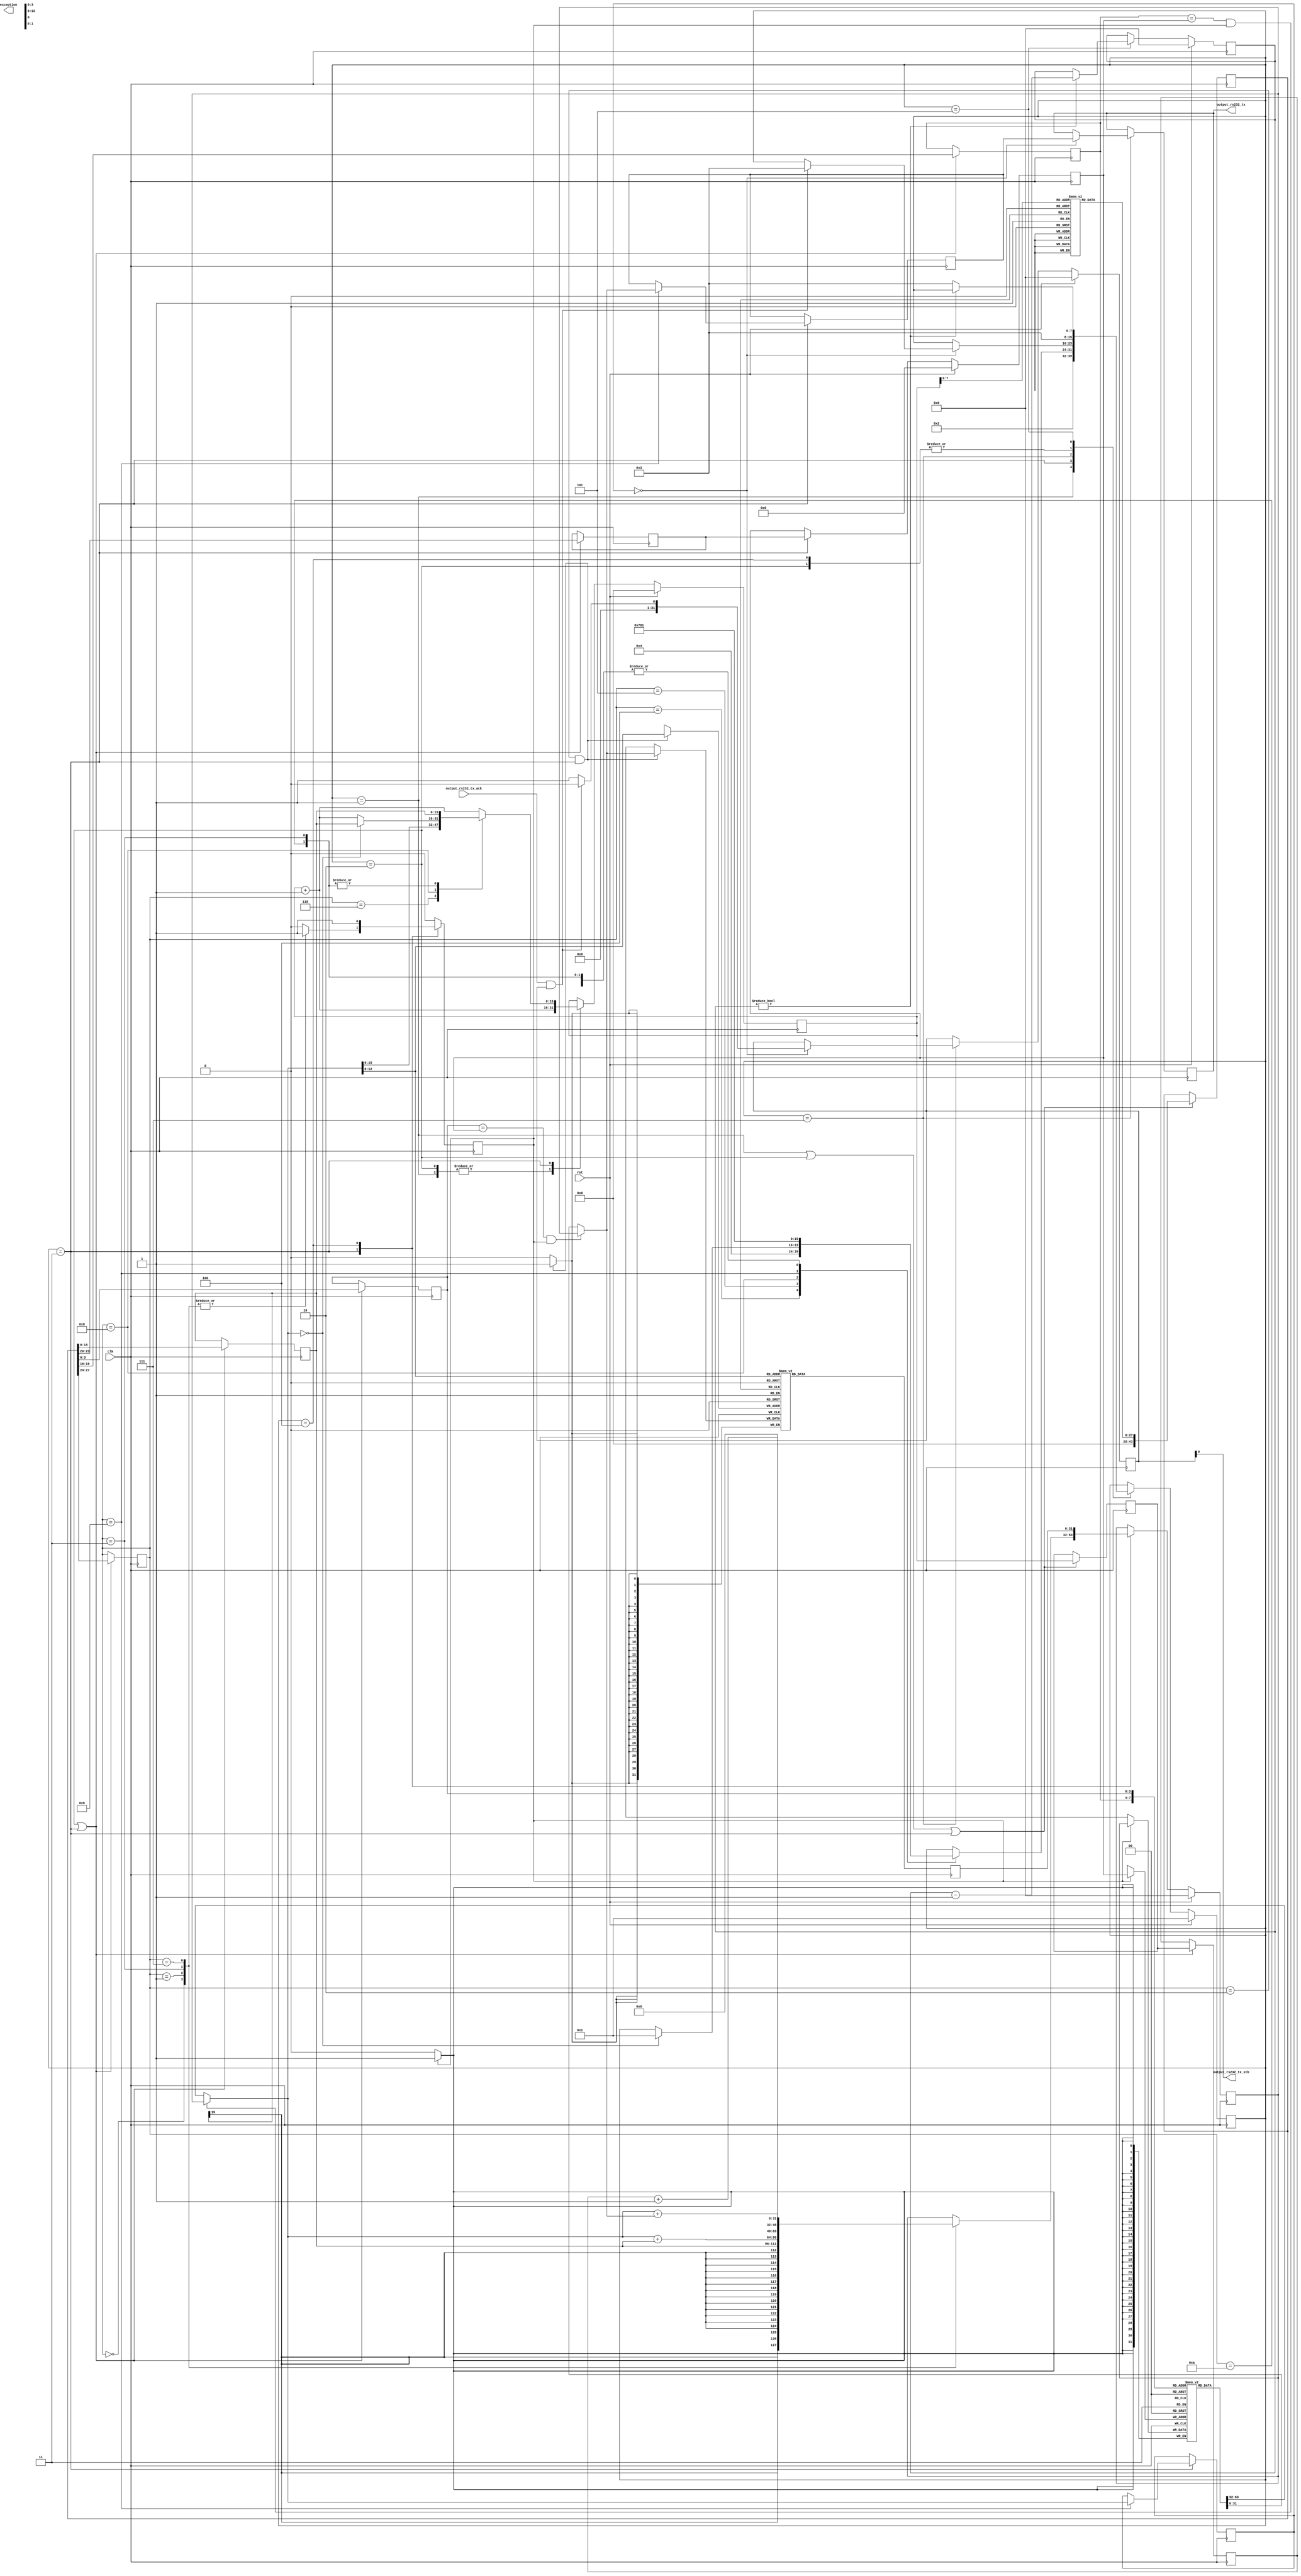
//name : main_0
//output : output_rs232_tx:16
//source_file : /tmp/tmpEtvNgA/inline_c_file.c

///+============================================================================+
///|                                                                            |
///|                     This file was generated by Chips                       |
///|                                                                            |
///|                                  Chips                                     |
///|                                                                            |
///|                      http://github.com/dawsonjon/Chips-2.0                 |
///|                                                                            |
///|                                                             Python powered |
///+============================================================================+
module main_0(output_rs232_tx_ack,clk,rst,output_rs232_tx,output_rs232_tx_stb,exception);
  integer file_count;
  parameter  stop = 3'd0,
  instruction_fetch = 3'd1,
  operand_fetch = 3'd2,
  execute = 3'd3,
  load = 3'd4,
  wait_state = 3'd5,
  read = 3'd6,
  write = 3'd7;
  input output_rs232_tx_ack;
  input clk;
  input rst;
  output [31:0] output_rs232_tx;
  output output_rs232_tx_stb;
  reg [31:0] timer;
  reg [63:0] timer_clock;
  reg [15:0] program_counter;
  reg [15:0] program_counter_1;
  reg [15:0] program_counter_2;
  reg [43:0] instruction;
  reg [3:0] opcode_2;
  reg [3:0] a;
  reg [3:0] b;
  reg [3:0] z;
  reg write_enable;
  reg [3:0] address_a_2;
  reg [3:0] address_b_2;
  reg [3:0] address_z_2;
  reg [3:0] address_z_3;
  reg [31:0] load_data;
  reg [31:0] write_output;
  reg [31:0] write_value;
  reg [31:0] read_input;
  reg [15:0] literal_2;
  reg [31:0] a_hi;
  reg [31:0] b_hi;
  reg [31:0] a_lo;
  reg [31:0] b_lo;
  reg [63:0] long_result;
  reg [31:0] result;
  reg [15:0] address;
  reg [31:0] data_out;
  reg [31:0] data_in;
  reg [31:0] carry;
  reg [31:0] s_output_rs232_tx_stb;
  reg [31:0] s_output_rs232_tx;
  reg [7:0] state;
  output reg exception;
  reg [27:0] instructions [165:0];
  reg [31:0] memory [4096:0];
  reg [31:0] registers [15:0];
  wire [31:0] operand_a;
  wire [31:0] operand_b;
  wire [31:0] register_a;
  wire [31:0] register_b;
  wire [15:0] literal;
  wire [3:0] opcode;
  wire [3:0] address_a;
  wire [3:0] address_b;
  wire [3:0] address_z;
  wire [15:0] load_address;
  wire [15:0] store_address;
  wire [31:0] store_data;
  wire  store_enable;

  //////////////////////////////////////////////////////////////////////////////
  // INSTRUCTION INITIALIZATION                                                 
  //                                                                            
  // Initialise the contents of the instruction memory                          
  //
  // Intruction Set
  // ==============
  // 0 {'literal': True, 'op': 'literal'}
  // 1 {'literal': True, 'op': 'addl'}
  // 2 {'literal': False, 'op': 'store'}
  // 3 {'literal': True, 'op': 'call'}
  // 4 {'literal': False, 'op': 'stop'}
  // 5 {'literal': False, 'op': 'load'}
  // 6 {'literal': False, 'op': 'return'}
  // 7 {'literal': False, 'op': 'add'}
  // 8 {'literal': True, 'op': 'jmp_if_false'}
  // 9 {'literal': False, 'op': 'write'}
  // 10 {'literal': True, 'op': 'goto'}
  // Intructions
  // ===========
  
  initial
  begin
    instructions[0] = {4'd0, 4'd3, 4'd0, 16'd0};///tmp/tmpEtvNgA/inline_c_file.c : 8 {'literal': 0, 'z': 3, 'trace': /tmp/tmpEtvNgA/inline_c_file.c : 8, 'op': 'literal'}
    instructions[1] = {4'd0, 4'd4, 4'd0, 16'd0};///tmp/tmpEtvNgA/inline_c_file.c : 8 {'literal': 0, 'z': 4, 'trace': /tmp/tmpEtvNgA/inline_c_file.c : 8, 'op': 'literal'}
    instructions[2] = {4'd1, 4'd3, 4'd3, 16'd16};///tmp/tmpEtvNgA/inline_c_file.c : 8 {'a': 3, 'literal': 16, 'z': 3, 'trace': /tmp/tmpEtvNgA/inline_c_file.c : 8, 'op': 'addl'}
    instructions[3] = {4'd0, 4'd8, 4'd0, 16'd72};///tmp/tmpEtvNgA/inline_c_file.c : 6 {'literal': 72, 'z': 8, 'trace': /tmp/tmpEtvNgA/inline_c_file.c : 6, 'op': 'literal'}
    instructions[4] = {4'd0, 4'd2, 4'd0, 16'd0};///tmp/tmpEtvNgA/inline_c_file.c : 6 {'literal': 0, 'z': 2, 'trace': /tmp/tmpEtvNgA/inline_c_file.c : 6, 'op': 'literal'}
    instructions[5] = {4'd2, 4'd0, 4'd2, 16'd8};///tmp/tmpEtvNgA/inline_c_file.c : 6 {'a': 2, 'b': 8, 'trace': /tmp/tmpEtvNgA/inline_c_file.c : 6, 'op': 'store'}
    instructions[6] = {4'd0, 4'd8, 4'd0, 16'd101};///tmp/tmpEtvNgA/inline_c_file.c : 6 {'literal': 101, 'z': 8, 'trace': /tmp/tmpEtvNgA/inline_c_file.c : 6, 'op': 'literal'}
    instructions[7] = {4'd0, 4'd2, 4'd0, 16'd1};///tmp/tmpEtvNgA/inline_c_file.c : 6 {'literal': 1, 'z': 2, 'trace': /tmp/tmpEtvNgA/inline_c_file.c : 6, 'op': 'literal'}
    instructions[8] = {4'd2, 4'd0, 4'd2, 16'd8};///tmp/tmpEtvNgA/inline_c_file.c : 6 {'a': 2, 'b': 8, 'trace': /tmp/tmpEtvNgA/inline_c_file.c : 6, 'op': 'store'}
    instructions[9] = {4'd0, 4'd8, 4'd0, 16'd108};///tmp/tmpEtvNgA/inline_c_file.c : 6 {'literal': 108, 'z': 8, 'trace': /tmp/tmpEtvNgA/inline_c_file.c : 6, 'op': 'literal'}
    instructions[10] = {4'd0, 4'd2, 4'd0, 16'd2};///tmp/tmpEtvNgA/inline_c_file.c : 6 {'literal': 2, 'z': 2, 'trace': /tmp/tmpEtvNgA/inline_c_file.c : 6, 'op': 'literal'}
    instructions[11] = {4'd2, 4'd0, 4'd2, 16'd8};///tmp/tmpEtvNgA/inline_c_file.c : 6 {'a': 2, 'b': 8, 'trace': /tmp/tmpEtvNgA/inline_c_file.c : 6, 'op': 'store'}
    instructions[12] = {4'd0, 4'd8, 4'd0, 16'd108};///tmp/tmpEtvNgA/inline_c_file.c : 6 {'literal': 108, 'z': 8, 'trace': /tmp/tmpEtvNgA/inline_c_file.c : 6, 'op': 'literal'}
    instructions[13] = {4'd0, 4'd2, 4'd0, 16'd3};///tmp/tmpEtvNgA/inline_c_file.c : 6 {'literal': 3, 'z': 2, 'trace': /tmp/tmpEtvNgA/inline_c_file.c : 6, 'op': 'literal'}
    instructions[14] = {4'd2, 4'd0, 4'd2, 16'd8};///tmp/tmpEtvNgA/inline_c_file.c : 6 {'a': 2, 'b': 8, 'trace': /tmp/tmpEtvNgA/inline_c_file.c : 6, 'op': 'store'}
    instructions[15] = {4'd0, 4'd8, 4'd0, 16'd111};///tmp/tmpEtvNgA/inline_c_file.c : 6 {'literal': 111, 'z': 8, 'trace': /tmp/tmpEtvNgA/inline_c_file.c : 6, 'op': 'literal'}
    instructions[16] = {4'd0, 4'd2, 4'd0, 16'd4};///tmp/tmpEtvNgA/inline_c_file.c : 6 {'literal': 4, 'z': 2, 'trace': /tmp/tmpEtvNgA/inline_c_file.c : 6, 'op': 'literal'}
    instructions[17] = {4'd2, 4'd0, 4'd2, 16'd8};///tmp/tmpEtvNgA/inline_c_file.c : 6 {'a': 2, 'b': 8, 'trace': /tmp/tmpEtvNgA/inline_c_file.c : 6, 'op': 'store'}
    instructions[18] = {4'd0, 4'd8, 4'd0, 16'd32};///tmp/tmpEtvNgA/inline_c_file.c : 6 {'literal': 32, 'z': 8, 'trace': /tmp/tmpEtvNgA/inline_c_file.c : 6, 'op': 'literal'}
    instructions[19] = {4'd0, 4'd2, 4'd0, 16'd5};///tmp/tmpEtvNgA/inline_c_file.c : 6 {'literal': 5, 'z': 2, 'trace': /tmp/tmpEtvNgA/inline_c_file.c : 6, 'op': 'literal'}
    instructions[20] = {4'd2, 4'd0, 4'd2, 16'd8};///tmp/tmpEtvNgA/inline_c_file.c : 6 {'a': 2, 'b': 8, 'trace': /tmp/tmpEtvNgA/inline_c_file.c : 6, 'op': 'store'}
    instructions[21] = {4'd0, 4'd8, 4'd0, 16'd87};///tmp/tmpEtvNgA/inline_c_file.c : 6 {'literal': 87, 'z': 8, 'trace': /tmp/tmpEtvNgA/inline_c_file.c : 6, 'op': 'literal'}
    instructions[22] = {4'd0, 4'd2, 4'd0, 16'd6};///tmp/tmpEtvNgA/inline_c_file.c : 6 {'literal': 6, 'z': 2, 'trace': /tmp/tmpEtvNgA/inline_c_file.c : 6, 'op': 'literal'}
    instructions[23] = {4'd2, 4'd0, 4'd2, 16'd8};///tmp/tmpEtvNgA/inline_c_file.c : 6 {'a': 2, 'b': 8, 'trace': /tmp/tmpEtvNgA/inline_c_file.c : 6, 'op': 'store'}
    instructions[24] = {4'd0, 4'd8, 4'd0, 16'd111};///tmp/tmpEtvNgA/inline_c_file.c : 6 {'literal': 111, 'z': 8, 'trace': /tmp/tmpEtvNgA/inline_c_file.c : 6, 'op': 'literal'}
    instructions[25] = {4'd0, 4'd2, 4'd0, 16'd7};///tmp/tmpEtvNgA/inline_c_file.c : 6 {'literal': 7, 'z': 2, 'trace': /tmp/tmpEtvNgA/inline_c_file.c : 6, 'op': 'literal'}
    instructions[26] = {4'd2, 4'd0, 4'd2, 16'd8};///tmp/tmpEtvNgA/inline_c_file.c : 6 {'a': 2, 'b': 8, 'trace': /tmp/tmpEtvNgA/inline_c_file.c : 6, 'op': 'store'}
    instructions[27] = {4'd0, 4'd8, 4'd0, 16'd114};///tmp/tmpEtvNgA/inline_c_file.c : 6 {'literal': 114, 'z': 8, 'trace': /tmp/tmpEtvNgA/inline_c_file.c : 6, 'op': 'literal'}
    instructions[28] = {4'd0, 4'd2, 4'd0, 16'd8};///tmp/tmpEtvNgA/inline_c_file.c : 6 {'literal': 8, 'z': 2, 'trace': /tmp/tmpEtvNgA/inline_c_file.c : 6, 'op': 'literal'}
    instructions[29] = {4'd2, 4'd0, 4'd2, 16'd8};///tmp/tmpEtvNgA/inline_c_file.c : 6 {'a': 2, 'b': 8, 'trace': /tmp/tmpEtvNgA/inline_c_file.c : 6, 'op': 'store'}
    instructions[30] = {4'd0, 4'd8, 4'd0, 16'd108};///tmp/tmpEtvNgA/inline_c_file.c : 6 {'literal': 108, 'z': 8, 'trace': /tmp/tmpEtvNgA/inline_c_file.c : 6, 'op': 'literal'}
    instructions[31] = {4'd0, 4'd2, 4'd0, 16'd9};///tmp/tmpEtvNgA/inline_c_file.c : 6 {'literal': 9, 'z': 2, 'trace': /tmp/tmpEtvNgA/inline_c_file.c : 6, 'op': 'literal'}
    instructions[32] = {4'd2, 4'd0, 4'd2, 16'd8};///tmp/tmpEtvNgA/inline_c_file.c : 6 {'a': 2, 'b': 8, 'trace': /tmp/tmpEtvNgA/inline_c_file.c : 6, 'op': 'store'}
    instructions[33] = {4'd0, 4'd8, 4'd0, 16'd100};///tmp/tmpEtvNgA/inline_c_file.c : 6 {'literal': 100, 'z': 8, 'trace': /tmp/tmpEtvNgA/inline_c_file.c : 6, 'op': 'literal'}
    instructions[34] = {4'd0, 4'd2, 4'd0, 16'd10};///tmp/tmpEtvNgA/inline_c_file.c : 6 {'literal': 10, 'z': 2, 'trace': /tmp/tmpEtvNgA/inline_c_file.c : 6, 'op': 'literal'}
    instructions[35] = {4'd2, 4'd0, 4'd2, 16'd8};///tmp/tmpEtvNgA/inline_c_file.c : 6 {'a': 2, 'b': 8, 'trace': /tmp/tmpEtvNgA/inline_c_file.c : 6, 'op': 'store'}
    instructions[36] = {4'd0, 4'd8, 4'd0, 16'd33};///tmp/tmpEtvNgA/inline_c_file.c : 6 {'literal': 33, 'z': 8, 'trace': /tmp/tmpEtvNgA/inline_c_file.c : 6, 'op': 'literal'}
    instructions[37] = {4'd0, 4'd2, 4'd0, 16'd11};///tmp/tmpEtvNgA/inline_c_file.c : 6 {'literal': 11, 'z': 2, 'trace': /tmp/tmpEtvNgA/inline_c_file.c : 6, 'op': 'literal'}
    instructions[38] = {4'd2, 4'd0, 4'd2, 16'd8};///tmp/tmpEtvNgA/inline_c_file.c : 6 {'a': 2, 'b': 8, 'trace': /tmp/tmpEtvNgA/inline_c_file.c : 6, 'op': 'store'}
    instructions[39] = {4'd0, 4'd8, 4'd0, 16'd10};///tmp/tmpEtvNgA/inline_c_file.c : 6 {'literal': 10, 'z': 8, 'trace': /tmp/tmpEtvNgA/inline_c_file.c : 6, 'op': 'literal'}
    instructions[40] = {4'd0, 4'd2, 4'd0, 16'd12};///tmp/tmpEtvNgA/inline_c_file.c : 6 {'literal': 12, 'z': 2, 'trace': /tmp/tmpEtvNgA/inline_c_file.c : 6, 'op': 'literal'}
    instructions[41] = {4'd2, 4'd0, 4'd2, 16'd8};///tmp/tmpEtvNgA/inline_c_file.c : 6 {'a': 2, 'b': 8, 'trace': /tmp/tmpEtvNgA/inline_c_file.c : 6, 'op': 'store'}
    instructions[42] = {4'd0, 4'd8, 4'd0, 16'd32};///tmp/tmpEtvNgA/inline_c_file.c : 6 {'literal': 32, 'z': 8, 'trace': /tmp/tmpEtvNgA/inline_c_file.c : 6, 'op': 'literal'}
    instructions[43] = {4'd0, 4'd2, 4'd0, 16'd13};///tmp/tmpEtvNgA/inline_c_file.c : 6 {'literal': 13, 'z': 2, 'trace': /tmp/tmpEtvNgA/inline_c_file.c : 6, 'op': 'literal'}
    instructions[44] = {4'd2, 4'd0, 4'd2, 16'd8};///tmp/tmpEtvNgA/inline_c_file.c : 6 {'a': 2, 'b': 8, 'trace': /tmp/tmpEtvNgA/inline_c_file.c : 6, 'op': 'store'}
    instructions[45] = {4'd0, 4'd8, 4'd0, 16'd0};///tmp/tmpEtvNgA/inline_c_file.c : 6 {'literal': 0, 'z': 8, 'trace': /tmp/tmpEtvNgA/inline_c_file.c : 6, 'op': 'literal'}
    instructions[46] = {4'd0, 4'd2, 4'd0, 16'd14};///tmp/tmpEtvNgA/inline_c_file.c : 6 {'literal': 14, 'z': 2, 'trace': /tmp/tmpEtvNgA/inline_c_file.c : 6, 'op': 'literal'}
    instructions[47] = {4'd2, 4'd0, 4'd2, 16'd8};///tmp/tmpEtvNgA/inline_c_file.c : 6 {'a': 2, 'b': 8, 'trace': /tmp/tmpEtvNgA/inline_c_file.c : 6, 'op': 'store'}
    instructions[48] = {4'd0, 4'd8, 4'd0, 16'd0};///usr/local/lib/python2.7/dist-packages/chips/compiler/include/stdio.h : 5 {'literal': 0, 'z': 8, 'trace': /usr/local/lib/python2.7/dist-packages/chips/compiler/include/stdio.h : 5, 'op': 'literal'}
    instructions[49] = {4'd0, 4'd2, 4'd0, 16'd15};///usr/local/lib/python2.7/dist-packages/chips/compiler/include/stdio.h : 5 {'literal': 15, 'z': 2, 'trace': /usr/local/lib/python2.7/dist-packages/chips/compiler/include/stdio.h : 5, 'op': 'literal'}
    instructions[50] = {4'd2, 4'd0, 4'd2, 16'd8};///usr/local/lib/python2.7/dist-packages/chips/compiler/include/stdio.h : 5 {'a': 2, 'b': 8, 'trace': /usr/local/lib/python2.7/dist-packages/chips/compiler/include/stdio.h : 5, 'op': 'store'}
    instructions[51] = {4'd1, 4'd7, 4'd4, 16'd0};///tmp/tmpEtvNgA/inline_c_file.c : 8 {'a': 4, 'literal': 0, 'z': 7, 'trace': /tmp/tmpEtvNgA/inline_c_file.c : 8, 'op': 'addl'}
    instructions[52] = {4'd1, 4'd4, 4'd3, 16'd0};///tmp/tmpEtvNgA/inline_c_file.c : 8 {'a': 3, 'literal': 0, 'z': 4, 'trace': /tmp/tmpEtvNgA/inline_c_file.c : 8, 'op': 'addl'}
    instructions[53] = {4'd3, 4'd6, 4'd0, 16'd55};///tmp/tmpEtvNgA/inline_c_file.c : 8 {'z': 6, 'label': 55, 'trace': /tmp/tmpEtvNgA/inline_c_file.c : 8, 'op': 'call'}
    instructions[54] = {4'd4, 4'd0, 4'd0, 16'd0};///tmp/tmpEtvNgA/inline_c_file.c : 8 {'trace': /tmp/tmpEtvNgA/inline_c_file.c : 8, 'op': 'stop'}
    instructions[55] = {4'd1, 4'd3, 4'd3, 16'd15};///tmp/tmpEtvNgA/inline_c_file.c : 4 {'a': 3, 'literal': 15, 'z': 3, 'trace': /tmp/tmpEtvNgA/inline_c_file.c : 4, 'op': 'addl'}
    instructions[56] = {4'd2, 4'd0, 4'd3, 16'd6};///tmp/tmpEtvNgA/inline_c_file.c : 5 {'a': 3, 'comment': 'push', 'b': 6, 'trace': /tmp/tmpEtvNgA/inline_c_file.c : 5, 'op': 'store'}
    instructions[57] = {4'd1, 4'd3, 4'd3, 16'd1};///tmp/tmpEtvNgA/inline_c_file.c : 5 {'a': 3, 'literal': 1, 'z': 3, 'trace': /tmp/tmpEtvNgA/inline_c_file.c : 5, 'op': 'addl'}
    instructions[58] = {4'd2, 4'd0, 4'd3, 16'd7};///tmp/tmpEtvNgA/inline_c_file.c : 5 {'a': 3, 'comment': 'push', 'b': 7, 'trace': /tmp/tmpEtvNgA/inline_c_file.c : 5, 'op': 'store'}
    instructions[59] = {4'd1, 4'd3, 4'd3, 16'd1};///tmp/tmpEtvNgA/inline_c_file.c : 5 {'a': 3, 'literal': 1, 'z': 3, 'trace': /tmp/tmpEtvNgA/inline_c_file.c : 5, 'op': 'addl'}
    instructions[60] = {4'd0, 4'd8, 4'd0, 16'd0};///tmp/tmpEtvNgA/inline_c_file.c : 6 {'literal': 0, 'z': 8, 'trace': /tmp/tmpEtvNgA/inline_c_file.c : 6, 'op': 'literal'}
    instructions[61] = {4'd2, 4'd0, 4'd3, 16'd8};///tmp/tmpEtvNgA/inline_c_file.c : 5 {'a': 3, 'comment': 'push', 'b': 8, 'trace': /tmp/tmpEtvNgA/inline_c_file.c : 5, 'op': 'store'}
    instructions[62] = {4'd1, 4'd3, 4'd3, 16'd1};///tmp/tmpEtvNgA/inline_c_file.c : 5 {'a': 3, 'literal': 1, 'z': 3, 'trace': /tmp/tmpEtvNgA/inline_c_file.c : 5, 'op': 'addl'}
    instructions[63] = {4'd1, 4'd7, 4'd4, 16'd0};///tmp/tmpEtvNgA/inline_c_file.c : 5 {'a': 4, 'literal': 0, 'z': 7, 'trace': /tmp/tmpEtvNgA/inline_c_file.c : 5, 'op': 'addl'}
    instructions[64] = {4'd1, 4'd4, 4'd3, 16'd0};///tmp/tmpEtvNgA/inline_c_file.c : 5 {'a': 3, 'literal': 0, 'z': 4, 'trace': /tmp/tmpEtvNgA/inline_c_file.c : 5, 'op': 'addl'}
    instructions[65] = {4'd3, 4'd6, 4'd0, 16'd75};///tmp/tmpEtvNgA/inline_c_file.c : 5 {'z': 6, 'label': 75, 'trace': /tmp/tmpEtvNgA/inline_c_file.c : 5, 'op': 'call'}
    instructions[66] = {4'd1, 4'd3, 4'd3, -16'd1};///tmp/tmpEtvNgA/inline_c_file.c : 5 {'a': 3, 'literal': -1, 'z': 3, 'trace': /tmp/tmpEtvNgA/inline_c_file.c : 5, 'op': 'addl'}
    instructions[67] = {4'd1, 4'd3, 4'd3, -16'd1};///tmp/tmpEtvNgA/inline_c_file.c : 5 {'a': 3, 'comment': 'pop', 'trace': /tmp/tmpEtvNgA/inline_c_file.c : 5, 'literal': -1, 'z': 3, 'op': 'addl'}
    instructions[68] = {4'd5, 4'd7, 4'd3, 16'd0};///tmp/tmpEtvNgA/inline_c_file.c : 5 {'a': 3, 'z': 7, 'trace': /tmp/tmpEtvNgA/inline_c_file.c : 5, 'op': 'load'}
    instructions[69] = {4'd1, 4'd3, 4'd3, -16'd1};///tmp/tmpEtvNgA/inline_c_file.c : 5 {'a': 3, 'comment': 'pop', 'trace': /tmp/tmpEtvNgA/inline_c_file.c : 5, 'literal': -1, 'z': 3, 'op': 'addl'}
    instructions[70] = {4'd5, 4'd6, 4'd3, 16'd0};///tmp/tmpEtvNgA/inline_c_file.c : 5 {'a': 3, 'z': 6, 'trace': /tmp/tmpEtvNgA/inline_c_file.c : 5, 'op': 'load'}
    instructions[71] = {4'd1, 4'd3, 4'd3, 16'd0};///tmp/tmpEtvNgA/inline_c_file.c : 5 {'a': 3, 'literal': 0, 'z': 3, 'trace': /tmp/tmpEtvNgA/inline_c_file.c : 5, 'op': 'addl'}
    instructions[72] = {4'd1, 4'd3, 4'd4, 16'd0};///tmp/tmpEtvNgA/inline_c_file.c : 4 {'a': 4, 'literal': 0, 'z': 3, 'trace': /tmp/tmpEtvNgA/inline_c_file.c : 4, 'op': 'addl'}
    instructions[73] = {4'd1, 4'd4, 4'd7, 16'd0};///tmp/tmpEtvNgA/inline_c_file.c : 4 {'a': 7, 'literal': 0, 'z': 4, 'trace': /tmp/tmpEtvNgA/inline_c_file.c : 4, 'op': 'addl'}
    instructions[74] = {4'd6, 4'd0, 4'd6, 16'd0};///tmp/tmpEtvNgA/inline_c_file.c : 4 {'a': 6, 'trace': /tmp/tmpEtvNgA/inline_c_file.c : 4, 'op': 'return'}
    instructions[75] = {4'd1, 4'd3, 4'd3, 16'd0};///usr/local/lib/python2.7/dist-packages/chips/compiler/include/stdio.h : 73 {'a': 3, 'literal': 0, 'z': 3, 'trace': /usr/local/lib/python2.7/dist-packages/chips/compiler/include/stdio.h : 73, 'op': 'addl'}
    instructions[76] = {4'd2, 4'd0, 4'd3, 16'd6};///usr/local/lib/python2.7/dist-packages/chips/compiler/include/stdio.h : 74 {'a': 3, 'comment': 'push', 'b': 6, 'trace': /usr/local/lib/python2.7/dist-packages/chips/compiler/include/stdio.h : 74, 'op': 'store'}
    instructions[77] = {4'd1, 4'd3, 4'd3, 16'd1};///usr/local/lib/python2.7/dist-packages/chips/compiler/include/stdio.h : 74 {'a': 3, 'literal': 1, 'z': 3, 'trace': /usr/local/lib/python2.7/dist-packages/chips/compiler/include/stdio.h : 74, 'op': 'addl'}
    instructions[78] = {4'd2, 4'd0, 4'd3, 16'd7};///usr/local/lib/python2.7/dist-packages/chips/compiler/include/stdio.h : 74 {'a': 3, 'comment': 'push', 'b': 7, 'trace': /usr/local/lib/python2.7/dist-packages/chips/compiler/include/stdio.h : 74, 'op': 'store'}
    instructions[79] = {4'd1, 4'd3, 4'd3, 16'd1};///usr/local/lib/python2.7/dist-packages/chips/compiler/include/stdio.h : 74 {'a': 3, 'literal': 1, 'z': 3, 'trace': /usr/local/lib/python2.7/dist-packages/chips/compiler/include/stdio.h : 74, 'op': 'addl'}
    instructions[80] = {4'd1, 4'd8, 4'd4, -16'd1};///usr/local/lib/python2.7/dist-packages/chips/compiler/include/stdio.h : 74 {'a': 4, 'literal': -1, 'z': 8, 'trace': /usr/local/lib/python2.7/dist-packages/chips/compiler/include/stdio.h : 74, 'op': 'addl'}
    instructions[81] = {4'd1, 4'd2, 4'd8, 16'd0};///usr/local/lib/python2.7/dist-packages/chips/compiler/include/stdio.h : 74 {'a': 8, 'literal': 0, 'z': 2, 'trace': /usr/local/lib/python2.7/dist-packages/chips/compiler/include/stdio.h : 74, 'op': 'addl'}
    instructions[82] = {4'd5, 4'd8, 4'd2, 16'd0};///usr/local/lib/python2.7/dist-packages/chips/compiler/include/stdio.h : 74 {'a': 2, 'z': 8, 'trace': /usr/local/lib/python2.7/dist-packages/chips/compiler/include/stdio.h : 74, 'op': 'load'}
    instructions[83] = {4'd2, 4'd0, 4'd3, 16'd8};///usr/local/lib/python2.7/dist-packages/chips/compiler/include/stdio.h : 74 {'a': 3, 'comment': 'push', 'b': 8, 'trace': /usr/local/lib/python2.7/dist-packages/chips/compiler/include/stdio.h : 74, 'op': 'store'}
    instructions[84] = {4'd1, 4'd3, 4'd3, 16'd1};///usr/local/lib/python2.7/dist-packages/chips/compiler/include/stdio.h : 74 {'a': 3, 'literal': 1, 'z': 3, 'trace': /usr/local/lib/python2.7/dist-packages/chips/compiler/include/stdio.h : 74, 'op': 'addl'}
    instructions[85] = {4'd0, 4'd8, 4'd0, 16'd15};///usr/local/lib/python2.7/dist-packages/chips/compiler/include/stdio.h : 74 {'literal': 15, 'z': 8, 'trace': /usr/local/lib/python2.7/dist-packages/chips/compiler/include/stdio.h : 74, 'op': 'literal'}
    instructions[86] = {4'd1, 4'd2, 4'd8, 16'd0};///usr/local/lib/python2.7/dist-packages/chips/compiler/include/stdio.h : 74 {'a': 8, 'literal': 0, 'z': 2, 'trace': /usr/local/lib/python2.7/dist-packages/chips/compiler/include/stdio.h : 74, 'op': 'addl'}
    instructions[87] = {4'd5, 4'd8, 4'd2, 16'd0};///usr/local/lib/python2.7/dist-packages/chips/compiler/include/stdio.h : 74 {'a': 2, 'z': 8, 'trace': /usr/local/lib/python2.7/dist-packages/chips/compiler/include/stdio.h : 74, 'op': 'load'}
    instructions[88] = {4'd2, 4'd0, 4'd3, 16'd8};///usr/local/lib/python2.7/dist-packages/chips/compiler/include/stdio.h : 74 {'a': 3, 'comment': 'push', 'b': 8, 'trace': /usr/local/lib/python2.7/dist-packages/chips/compiler/include/stdio.h : 74, 'op': 'store'}
    instructions[89] = {4'd1, 4'd3, 4'd3, 16'd1};///usr/local/lib/python2.7/dist-packages/chips/compiler/include/stdio.h : 74 {'a': 3, 'literal': 1, 'z': 3, 'trace': /usr/local/lib/python2.7/dist-packages/chips/compiler/include/stdio.h : 74, 'op': 'addl'}
    instructions[90] = {4'd1, 4'd7, 4'd4, 16'd0};///usr/local/lib/python2.7/dist-packages/chips/compiler/include/stdio.h : 74 {'a': 4, 'literal': 0, 'z': 7, 'trace': /usr/local/lib/python2.7/dist-packages/chips/compiler/include/stdio.h : 74, 'op': 'addl'}
    instructions[91] = {4'd1, 4'd4, 4'd3, 16'd0};///usr/local/lib/python2.7/dist-packages/chips/compiler/include/stdio.h : 74 {'a': 3, 'literal': 0, 'z': 4, 'trace': /usr/local/lib/python2.7/dist-packages/chips/compiler/include/stdio.h : 74, 'op': 'addl'}
    instructions[92] = {4'd3, 4'd6, 4'd0, 16'd102};///usr/local/lib/python2.7/dist-packages/chips/compiler/include/stdio.h : 74 {'z': 6, 'label': 102, 'trace': /usr/local/lib/python2.7/dist-packages/chips/compiler/include/stdio.h : 74, 'op': 'call'}
    instructions[93] = {4'd1, 4'd3, 4'd3, -16'd2};///usr/local/lib/python2.7/dist-packages/chips/compiler/include/stdio.h : 74 {'a': 3, 'literal': -2, 'z': 3, 'trace': /usr/local/lib/python2.7/dist-packages/chips/compiler/include/stdio.h : 74, 'op': 'addl'}
    instructions[94] = {4'd1, 4'd3, 4'd3, -16'd1};///usr/local/lib/python2.7/dist-packages/chips/compiler/include/stdio.h : 74 {'a': 3, 'comment': 'pop', 'trace': /usr/local/lib/python2.7/dist-packages/chips/compiler/include/stdio.h : 74, 'literal': -1, 'z': 3, 'op': 'addl'}
    instructions[95] = {4'd5, 4'd7, 4'd3, 16'd0};///usr/local/lib/python2.7/dist-packages/chips/compiler/include/stdio.h : 74 {'a': 3, 'z': 7, 'trace': /usr/local/lib/python2.7/dist-packages/chips/compiler/include/stdio.h : 74, 'op': 'load'}
    instructions[96] = {4'd1, 4'd3, 4'd3, -16'd1};///usr/local/lib/python2.7/dist-packages/chips/compiler/include/stdio.h : 74 {'a': 3, 'comment': 'pop', 'trace': /usr/local/lib/python2.7/dist-packages/chips/compiler/include/stdio.h : 74, 'literal': -1, 'z': 3, 'op': 'addl'}
    instructions[97] = {4'd5, 4'd6, 4'd3, 16'd0};///usr/local/lib/python2.7/dist-packages/chips/compiler/include/stdio.h : 74 {'a': 3, 'z': 6, 'trace': /usr/local/lib/python2.7/dist-packages/chips/compiler/include/stdio.h : 74, 'op': 'load'}
    instructions[98] = {4'd1, 4'd3, 4'd3, 16'd0};///usr/local/lib/python2.7/dist-packages/chips/compiler/include/stdio.h : 74 {'a': 3, 'literal': 0, 'z': 3, 'trace': /usr/local/lib/python2.7/dist-packages/chips/compiler/include/stdio.h : 74, 'op': 'addl'}
    instructions[99] = {4'd1, 4'd3, 4'd4, 16'd0};///usr/local/lib/python2.7/dist-packages/chips/compiler/include/stdio.h : 73 {'a': 4, 'literal': 0, 'z': 3, 'trace': /usr/local/lib/python2.7/dist-packages/chips/compiler/include/stdio.h : 73, 'op': 'addl'}
    instructions[100] = {4'd1, 4'd4, 4'd7, 16'd0};///usr/local/lib/python2.7/dist-packages/chips/compiler/include/stdio.h : 73 {'a': 7, 'literal': 0, 'z': 4, 'trace': /usr/local/lib/python2.7/dist-packages/chips/compiler/include/stdio.h : 73, 'op': 'addl'}
    instructions[101] = {4'd6, 4'd0, 4'd6, 16'd0};///usr/local/lib/python2.7/dist-packages/chips/compiler/include/stdio.h : 73 {'a': 6, 'trace': /usr/local/lib/python2.7/dist-packages/chips/compiler/include/stdio.h : 73, 'op': 'return'}
    instructions[102] = {4'd1, 4'd3, 4'd3, 16'd1};///usr/local/lib/python2.7/dist-packages/chips/compiler/include/stdio.h : 23 {'a': 3, 'literal': 1, 'z': 3, 'trace': /usr/local/lib/python2.7/dist-packages/chips/compiler/include/stdio.h : 23, 'op': 'addl'}
    instructions[103] = {4'd0, 4'd8, 4'd0, 16'd0};///usr/local/lib/python2.7/dist-packages/chips/compiler/include/stdio.h : 24 {'literal': 0, 'z': 8, 'trace': /usr/local/lib/python2.7/dist-packages/chips/compiler/include/stdio.h : 24, 'op': 'literal'}
    instructions[104] = {4'd1, 4'd2, 4'd4, 16'd0};///usr/local/lib/python2.7/dist-packages/chips/compiler/include/stdio.h : 24 {'a': 4, 'literal': 0, 'z': 2, 'trace': /usr/local/lib/python2.7/dist-packages/chips/compiler/include/stdio.h : 24, 'op': 'addl'}
    instructions[105] = {4'd2, 4'd0, 4'd2, 16'd8};///usr/local/lib/python2.7/dist-packages/chips/compiler/include/stdio.h : 24 {'a': 2, 'b': 8, 'trace': /usr/local/lib/python2.7/dist-packages/chips/compiler/include/stdio.h : 24, 'op': 'store'}
    instructions[106] = {4'd1, 4'd8, 4'd4, -16'd2};///usr/local/lib/python2.7/dist-packages/chips/compiler/include/stdio.h : 25 {'a': 4, 'literal': -2, 'z': 8, 'trace': /usr/local/lib/python2.7/dist-packages/chips/compiler/include/stdio.h : 25, 'op': 'addl'}
    instructions[107] = {4'd1, 4'd2, 4'd8, 16'd0};///usr/local/lib/python2.7/dist-packages/chips/compiler/include/stdio.h : 25 {'a': 8, 'literal': 0, 'z': 2, 'trace': /usr/local/lib/python2.7/dist-packages/chips/compiler/include/stdio.h : 25, 'op': 'addl'}
    instructions[108] = {4'd5, 4'd8, 4'd2, 16'd0};///usr/local/lib/python2.7/dist-packages/chips/compiler/include/stdio.h : 25 {'a': 2, 'z': 8, 'trace': /usr/local/lib/python2.7/dist-packages/chips/compiler/include/stdio.h : 25, 'op': 'load'}
    instructions[109] = {4'd2, 4'd0, 4'd3, 16'd8};///usr/local/lib/python2.7/dist-packages/chips/compiler/include/stdio.h : 25 {'a': 3, 'comment': 'push', 'b': 8, 'trace': /usr/local/lib/python2.7/dist-packages/chips/compiler/include/stdio.h : 25, 'op': 'store'}
    instructions[110] = {4'd1, 4'd3, 4'd3, 16'd1};///usr/local/lib/python2.7/dist-packages/chips/compiler/include/stdio.h : 25 {'a': 3, 'literal': 1, 'z': 3, 'trace': /usr/local/lib/python2.7/dist-packages/chips/compiler/include/stdio.h : 25, 'op': 'addl'}
    instructions[111] = {4'd1, 4'd8, 4'd4, 16'd0};///usr/local/lib/python2.7/dist-packages/chips/compiler/include/stdio.h : 25 {'a': 4, 'literal': 0, 'z': 8, 'trace': /usr/local/lib/python2.7/dist-packages/chips/compiler/include/stdio.h : 25, 'op': 'addl'}
    instructions[112] = {4'd1, 4'd2, 4'd8, 16'd0};///usr/local/lib/python2.7/dist-packages/chips/compiler/include/stdio.h : 25 {'a': 8, 'literal': 0, 'z': 2, 'trace': /usr/local/lib/python2.7/dist-packages/chips/compiler/include/stdio.h : 25, 'op': 'addl'}
    instructions[113] = {4'd5, 4'd8, 4'd2, 16'd0};///usr/local/lib/python2.7/dist-packages/chips/compiler/include/stdio.h : 25 {'a': 2, 'z': 8, 'trace': /usr/local/lib/python2.7/dist-packages/chips/compiler/include/stdio.h : 25, 'op': 'load'}
    instructions[114] = {4'd1, 4'd3, 4'd3, -16'd1};///usr/local/lib/python2.7/dist-packages/chips/compiler/include/stdio.h : 25 {'a': 3, 'comment': 'pop', 'trace': /usr/local/lib/python2.7/dist-packages/chips/compiler/include/stdio.h : 25, 'literal': -1, 'z': 3, 'op': 'addl'}
    instructions[115] = {4'd5, 4'd2, 4'd3, 16'd0};///usr/local/lib/python2.7/dist-packages/chips/compiler/include/stdio.h : 25 {'a': 3, 'z': 2, 'trace': /usr/local/lib/python2.7/dist-packages/chips/compiler/include/stdio.h : 25, 'op': 'load'}
    instructions[116] = {4'd7, 4'd8, 4'd8, 16'd2};///usr/local/lib/python2.7/dist-packages/chips/compiler/include/stdio.h : 25 {'a': 8, 'z': 8, 'b': 2, 'trace': /usr/local/lib/python2.7/dist-packages/chips/compiler/include/stdio.h : 25, 'op': 'add'}
    instructions[117] = {4'd1, 4'd2, 4'd8, 16'd0};///usr/local/lib/python2.7/dist-packages/chips/compiler/include/stdio.h : 25 {'a': 8, 'literal': 0, 'z': 2, 'trace': /usr/local/lib/python2.7/dist-packages/chips/compiler/include/stdio.h : 25, 'op': 'addl'}
    instructions[118] = {4'd5, 4'd8, 4'd2, 16'd0};///usr/local/lib/python2.7/dist-packages/chips/compiler/include/stdio.h : 25 {'a': 2, 'z': 8, 'trace': /usr/local/lib/python2.7/dist-packages/chips/compiler/include/stdio.h : 25, 'op': 'load'}
    instructions[119] = {4'd8, 4'd0, 4'd8, 16'd161};///usr/local/lib/python2.7/dist-packages/chips/compiler/include/stdio.h : 29 {'a': 8, 'label': 161, 'trace': /usr/local/lib/python2.7/dist-packages/chips/compiler/include/stdio.h : 29, 'op': 'jmp_if_false'}
    instructions[120] = {4'd1, 4'd8, 4'd4, -16'd1};///usr/local/lib/python2.7/dist-packages/chips/compiler/include/stdio.h : 26 {'a': 4, 'literal': -1, 'z': 8, 'trace': /usr/local/lib/python2.7/dist-packages/chips/compiler/include/stdio.h : 26, 'op': 'addl'}
    instructions[121] = {4'd1, 4'd2, 4'd8, 16'd0};///usr/local/lib/python2.7/dist-packages/chips/compiler/include/stdio.h : 26 {'a': 8, 'literal': 0, 'z': 2, 'trace': /usr/local/lib/python2.7/dist-packages/chips/compiler/include/stdio.h : 26, 'op': 'addl'}
    instructions[122] = {4'd5, 4'd8, 4'd2, 16'd0};///usr/local/lib/python2.7/dist-packages/chips/compiler/include/stdio.h : 26 {'a': 2, 'z': 8, 'trace': /usr/local/lib/python2.7/dist-packages/chips/compiler/include/stdio.h : 26, 'op': 'load'}
    instructions[123] = {4'd2, 4'd0, 4'd3, 16'd8};///usr/local/lib/python2.7/dist-packages/chips/compiler/include/stdio.h : 26 {'a': 3, 'comment': 'push', 'b': 8, 'trace': /usr/local/lib/python2.7/dist-packages/chips/compiler/include/stdio.h : 26, 'op': 'store'}
    instructions[124] = {4'd1, 4'd3, 4'd3, 16'd1};///usr/local/lib/python2.7/dist-packages/chips/compiler/include/stdio.h : 26 {'a': 3, 'literal': 1, 'z': 3, 'trace': /usr/local/lib/python2.7/dist-packages/chips/compiler/include/stdio.h : 26, 'op': 'addl'}
    instructions[125] = {4'd1, 4'd8, 4'd4, -16'd2};///usr/local/lib/python2.7/dist-packages/chips/compiler/include/stdio.h : 26 {'a': 4, 'literal': -2, 'z': 8, 'trace': /usr/local/lib/python2.7/dist-packages/chips/compiler/include/stdio.h : 26, 'op': 'addl'}
    instructions[126] = {4'd1, 4'd2, 4'd8, 16'd0};///usr/local/lib/python2.7/dist-packages/chips/compiler/include/stdio.h : 26 {'a': 8, 'literal': 0, 'z': 2, 'trace': /usr/local/lib/python2.7/dist-packages/chips/compiler/include/stdio.h : 26, 'op': 'addl'}
    instructions[127] = {4'd5, 4'd8, 4'd2, 16'd0};///usr/local/lib/python2.7/dist-packages/chips/compiler/include/stdio.h : 26 {'a': 2, 'z': 8, 'trace': /usr/local/lib/python2.7/dist-packages/chips/compiler/include/stdio.h : 26, 'op': 'load'}
    instructions[128] = {4'd2, 4'd0, 4'd3, 16'd8};///usr/local/lib/python2.7/dist-packages/chips/compiler/include/stdio.h : 26 {'a': 3, 'comment': 'push', 'b': 8, 'trace': /usr/local/lib/python2.7/dist-packages/chips/compiler/include/stdio.h : 26, 'op': 'store'}
    instructions[129] = {4'd1, 4'd3, 4'd3, 16'd1};///usr/local/lib/python2.7/dist-packages/chips/compiler/include/stdio.h : 26 {'a': 3, 'literal': 1, 'z': 3, 'trace': /usr/local/lib/python2.7/dist-packages/chips/compiler/include/stdio.h : 26, 'op': 'addl'}
    instructions[130] = {4'd1, 4'd8, 4'd4, 16'd0};///usr/local/lib/python2.7/dist-packages/chips/compiler/include/stdio.h : 26 {'a': 4, 'literal': 0, 'z': 8, 'trace': /usr/local/lib/python2.7/dist-packages/chips/compiler/include/stdio.h : 26, 'op': 'addl'}
    instructions[131] = {4'd1, 4'd2, 4'd8, 16'd0};///usr/local/lib/python2.7/dist-packages/chips/compiler/include/stdio.h : 26 {'a': 8, 'literal': 0, 'z': 2, 'trace': /usr/local/lib/python2.7/dist-packages/chips/compiler/include/stdio.h : 26, 'op': 'addl'}
    instructions[132] = {4'd5, 4'd8, 4'd2, 16'd0};///usr/local/lib/python2.7/dist-packages/chips/compiler/include/stdio.h : 26 {'a': 2, 'z': 8, 'trace': /usr/local/lib/python2.7/dist-packages/chips/compiler/include/stdio.h : 26, 'op': 'load'}
    instructions[133] = {4'd1, 4'd3, 4'd3, -16'd1};///usr/local/lib/python2.7/dist-packages/chips/compiler/include/stdio.h : 26 {'a': 3, 'comment': 'pop', 'trace': /usr/local/lib/python2.7/dist-packages/chips/compiler/include/stdio.h : 26, 'literal': -1, 'z': 3, 'op': 'addl'}
    instructions[134] = {4'd5, 4'd2, 4'd3, 16'd0};///usr/local/lib/python2.7/dist-packages/chips/compiler/include/stdio.h : 26 {'a': 3, 'z': 2, 'trace': /usr/local/lib/python2.7/dist-packages/chips/compiler/include/stdio.h : 26, 'op': 'load'}
    instructions[135] = {4'd7, 4'd8, 4'd8, 16'd2};///usr/local/lib/python2.7/dist-packages/chips/compiler/include/stdio.h : 26 {'a': 8, 'z': 8, 'b': 2, 'trace': /usr/local/lib/python2.7/dist-packages/chips/compiler/include/stdio.h : 26, 'op': 'add'}
    instructions[136] = {4'd1, 4'd2, 4'd8, 16'd0};///usr/local/lib/python2.7/dist-packages/chips/compiler/include/stdio.h : 26 {'a': 8, 'literal': 0, 'z': 2, 'trace': /usr/local/lib/python2.7/dist-packages/chips/compiler/include/stdio.h : 26, 'op': 'addl'}
    instructions[137] = {4'd5, 4'd8, 4'd2, 16'd0};///usr/local/lib/python2.7/dist-packages/chips/compiler/include/stdio.h : 26 {'a': 2, 'z': 8, 'trace': /usr/local/lib/python2.7/dist-packages/chips/compiler/include/stdio.h : 26, 'op': 'load'}
    instructions[138] = {4'd1, 4'd3, 4'd3, -16'd1};///usr/local/lib/python2.7/dist-packages/chips/compiler/include/stdio.h : 26 {'a': 3, 'comment': 'pop', 'trace': /usr/local/lib/python2.7/dist-packages/chips/compiler/include/stdio.h : 26, 'literal': -1, 'z': 3, 'op': 'addl'}
    instructions[139] = {4'd5, 4'd0, 4'd3, 16'd0};///usr/local/lib/python2.7/dist-packages/chips/compiler/include/stdio.h : 26 {'a': 3, 'z': 0, 'trace': /usr/local/lib/python2.7/dist-packages/chips/compiler/include/stdio.h : 26, 'op': 'load'}
    instructions[140] = {4'd9, 4'd0, 4'd0, 16'd8};///usr/local/lib/python2.7/dist-packages/chips/compiler/include/stdio.h : 26 {'a': 0, 'b': 8, 'trace': /usr/local/lib/python2.7/dist-packages/chips/compiler/include/stdio.h : 26, 'op': 'write'}
    instructions[141] = {4'd1, 4'd3, 4'd3, 16'd0};///usr/local/lib/python2.7/dist-packages/chips/compiler/include/stdio.h : 26 {'a': 3, 'literal': 0, 'z': 3, 'trace': /usr/local/lib/python2.7/dist-packages/chips/compiler/include/stdio.h : 26, 'op': 'addl'}
    instructions[142] = {4'd1, 4'd8, 4'd4, 16'd0};///usr/local/lib/python2.7/dist-packages/chips/compiler/include/stdio.h : 27 {'a': 4, 'literal': 0, 'z': 8, 'trace': /usr/local/lib/python2.7/dist-packages/chips/compiler/include/stdio.h : 27, 'op': 'addl'}
    instructions[143] = {4'd1, 4'd2, 4'd8, 16'd0};///usr/local/lib/python2.7/dist-packages/chips/compiler/include/stdio.h : 27 {'a': 8, 'literal': 0, 'z': 2, 'trace': /usr/local/lib/python2.7/dist-packages/chips/compiler/include/stdio.h : 27, 'op': 'addl'}
    instructions[144] = {4'd5, 4'd8, 4'd2, 16'd0};///usr/local/lib/python2.7/dist-packages/chips/compiler/include/stdio.h : 27 {'a': 2, 'z': 8, 'trace': /usr/local/lib/python2.7/dist-packages/chips/compiler/include/stdio.h : 27, 'op': 'load'}
    instructions[145] = {4'd2, 4'd0, 4'd3, 16'd8};///usr/local/lib/python2.7/dist-packages/chips/compiler/include/stdio.h : 27 {'a': 3, 'comment': 'push', 'b': 8, 'trace': /usr/local/lib/python2.7/dist-packages/chips/compiler/include/stdio.h : 27, 'op': 'store'}
    instructions[146] = {4'd1, 4'd3, 4'd3, 16'd1};///usr/local/lib/python2.7/dist-packages/chips/compiler/include/stdio.h : 27 {'a': 3, 'literal': 1, 'z': 3, 'trace': /usr/local/lib/python2.7/dist-packages/chips/compiler/include/stdio.h : 27, 'op': 'addl'}
    instructions[147] = {4'd0, 4'd8, 4'd0, 16'd1};///usr/local/lib/python2.7/dist-packages/chips/compiler/include/stdio.h : 27 {'literal': 1, 'z': 8, 'trace': /usr/local/lib/python2.7/dist-packages/chips/compiler/include/stdio.h : 27, 'op': 'literal'}
    instructions[148] = {4'd2, 4'd0, 4'd3, 16'd8};///usr/local/lib/python2.7/dist-packages/chips/compiler/include/stdio.h : 27 {'a': 3, 'comment': 'push', 'b': 8, 'trace': /usr/local/lib/python2.7/dist-packages/chips/compiler/include/stdio.h : 27, 'op': 'store'}
    instructions[149] = {4'd1, 4'd3, 4'd3, 16'd1};///usr/local/lib/python2.7/dist-packages/chips/compiler/include/stdio.h : 27 {'a': 3, 'literal': 1, 'z': 3, 'trace': /usr/local/lib/python2.7/dist-packages/chips/compiler/include/stdio.h : 27, 'op': 'addl'}
    instructions[150] = {4'd1, 4'd8, 4'd4, 16'd0};///usr/local/lib/python2.7/dist-packages/chips/compiler/include/stdio.h : 27 {'a': 4, 'literal': 0, 'z': 8, 'trace': /usr/local/lib/python2.7/dist-packages/chips/compiler/include/stdio.h : 27, 'op': 'addl'}
    instructions[151] = {4'd1, 4'd2, 4'd8, 16'd0};///usr/local/lib/python2.7/dist-packages/chips/compiler/include/stdio.h : 27 {'a': 8, 'literal': 0, 'z': 2, 'trace': /usr/local/lib/python2.7/dist-packages/chips/compiler/include/stdio.h : 27, 'op': 'addl'}
    instructions[152] = {4'd5, 4'd8, 4'd2, 16'd0};///usr/local/lib/python2.7/dist-packages/chips/compiler/include/stdio.h : 27 {'a': 2, 'z': 8, 'trace': /usr/local/lib/python2.7/dist-packages/chips/compiler/include/stdio.h : 27, 'op': 'load'}
    instructions[153] = {4'd1, 4'd3, 4'd3, -16'd1};///usr/local/lib/python2.7/dist-packages/chips/compiler/include/stdio.h : 27 {'a': 3, 'comment': 'pop', 'trace': /usr/local/lib/python2.7/dist-packages/chips/compiler/include/stdio.h : 27, 'literal': -1, 'z': 3, 'op': 'addl'}
    instructions[154] = {4'd5, 4'd10, 4'd3, 16'd0};///usr/local/lib/python2.7/dist-packages/chips/compiler/include/stdio.h : 27 {'a': 3, 'z': 10, 'trace': /usr/local/lib/python2.7/dist-packages/chips/compiler/include/stdio.h : 27, 'op': 'load'}
    instructions[155] = {4'd7, 4'd8, 4'd8, 16'd10};///usr/local/lib/python2.7/dist-packages/chips/compiler/include/stdio.h : 27 {'a': 8, 'z': 8, 'b': 10, 'trace': /usr/local/lib/python2.7/dist-packages/chips/compiler/include/stdio.h : 27, 'op': 'add'}
    instructions[156] = {4'd1, 4'd2, 4'd4, 16'd0};///usr/local/lib/python2.7/dist-packages/chips/compiler/include/stdio.h : 27 {'a': 4, 'literal': 0, 'z': 2, 'trace': /usr/local/lib/python2.7/dist-packages/chips/compiler/include/stdio.h : 27, 'op': 'addl'}
    instructions[157] = {4'd2, 4'd0, 4'd2, 16'd8};///usr/local/lib/python2.7/dist-packages/chips/compiler/include/stdio.h : 27 {'a': 2, 'b': 8, 'trace': /usr/local/lib/python2.7/dist-packages/chips/compiler/include/stdio.h : 27, 'op': 'store'}
    instructions[158] = {4'd1, 4'd3, 4'd3, -16'd1};///usr/local/lib/python2.7/dist-packages/chips/compiler/include/stdio.h : 27 {'a': 3, 'comment': 'pop', 'trace': /usr/local/lib/python2.7/dist-packages/chips/compiler/include/stdio.h : 27, 'literal': -1, 'z': 3, 'op': 'addl'}
    instructions[159] = {4'd5, 4'd8, 4'd3, 16'd0};///usr/local/lib/python2.7/dist-packages/chips/compiler/include/stdio.h : 27 {'a': 3, 'z': 8, 'trace': /usr/local/lib/python2.7/dist-packages/chips/compiler/include/stdio.h : 27, 'op': 'load'}
    instructions[160] = {4'd10, 4'd0, 4'd0, 16'd162};///usr/local/lib/python2.7/dist-packages/chips/compiler/include/stdio.h : 29 {'label': 162, 'trace': /usr/local/lib/python2.7/dist-packages/chips/compiler/include/stdio.h : 29, 'op': 'goto'}
    instructions[161] = {4'd10, 4'd0, 4'd0, 16'd163};///usr/local/lib/python2.7/dist-packages/chips/compiler/include/stdio.h : 29 {'label': 163, 'trace': /usr/local/lib/python2.7/dist-packages/chips/compiler/include/stdio.h : 29, 'op': 'goto'}
    instructions[162] = {4'd10, 4'd0, 4'd0, 16'd106};///usr/local/lib/python2.7/dist-packages/chips/compiler/include/stdio.h : 25 {'label': 106, 'trace': /usr/local/lib/python2.7/dist-packages/chips/compiler/include/stdio.h : 25, 'op': 'goto'}
    instructions[163] = {4'd1, 4'd3, 4'd4, 16'd0};///usr/local/lib/python2.7/dist-packages/chips/compiler/include/stdio.h : 23 {'a': 4, 'literal': 0, 'z': 3, 'trace': /usr/local/lib/python2.7/dist-packages/chips/compiler/include/stdio.h : 23, 'op': 'addl'}
    instructions[164] = {4'd1, 4'd4, 4'd7, 16'd0};///usr/local/lib/python2.7/dist-packages/chips/compiler/include/stdio.h : 23 {'a': 7, 'literal': 0, 'z': 4, 'trace': /usr/local/lib/python2.7/dist-packages/chips/compiler/include/stdio.h : 23, 'op': 'addl'}
    instructions[165] = {4'd6, 4'd0, 4'd6, 16'd0};///usr/local/lib/python2.7/dist-packages/chips/compiler/include/stdio.h : 23 {'a': 6, 'trace': /usr/local/lib/python2.7/dist-packages/chips/compiler/include/stdio.h : 23, 'op': 'return'}
  end

  
  always @(posedge clk)
  begin
    load_data <= memory[load_address];
    if(store_enable && state == execute) begin
      memory[store_address] <= store_data;
    end
  end


  //////////////////////////////////////////////////////////////////////////////
  // PIPELINE STAGE 1 -- FETCH INSTRUCTION
  //                                                                            
  
  always @(posedge clk)
  begin
    //implement memory for instructions
    if (state == instruction_fetch || state == operand_fetch || state == execute) begin
      instruction <= instructions[program_counter];
      program_counter_1 <= program_counter;
    end
  end

  assign opcode    = instruction[27:24];
  assign address_z = instruction[23:20];
  assign address_a = instruction[19:16];
  assign address_b = instruction[3:0];
  assign literal   = instruction[15:0];

  //////////////////////////////////////////////////////////////////////////////
  // PIPELINE STAGE 2 -- FETCH OPERANDS
  //                                                                            
  
  always @(posedge clk)
  begin
    if (write_enable) begin
      registers[address_z_3] <= result;
    end
    if (state == operand_fetch || state == execute) begin
      opcode_2 <= opcode;
      literal_2 <= literal;
      address_a_2 <= address_a;
      address_b_2 <= address_b;
      address_z_2 <= address_z;
      program_counter_2 <= program_counter_1;
    end
  end
  assign register_a = registers[address_a_2];
  assign register_b = registers[address_b_2];
  assign operand_a = (address_a_2 == address_z_3 && write_enable)?result:register_a;
  assign operand_b = (address_b_2 == address_z_3 && write_enable)?result:register_b;
  assign store_address = operand_a;
  assign load_address = operand_a;
  assign store_data = operand_b;
  assign store_enable = (opcode_2==2);

  //////////////////////////////////////////////////////////////////////////////
  // PIPELINE STAGE 3 -- EXECUTE
  //                                                                            
  
  always @(posedge clk)
  begin

  write_enable <= 0;
  timer_clock <= timer_clock + 1;
  case(state)

    //instruction_fetch
    instruction_fetch: begin
      program_counter <= program_counter + 1;
      state <= operand_fetch;
    end
    //operand_fetch
    operand_fetch: begin
      program_counter <= program_counter + 1;
      state <= execute;
    end
    //execute
    execute: begin
      program_counter <= program_counter + 1;
      address_z_3 <= address_z_2;
      case(opcode_2)

        //literal
        16'd0:
        begin
          result<=$signed(literal_2);
          write_enable <= 1;
        end

        //addl
        16'd1:
        begin
          result<=operand_a + literal_2;
          write_enable <= 1;
        end

        //store
        16'd2:
        begin
        end

        //call
        16'd3:
        begin
          result <= program_counter_2 + 1;
          write_enable <= 1;
          program_counter <= literal_2;
          state <= instruction_fetch;
        end

        //stop
        16'd4:
        begin
        state <= stop;
        end

        //load
        16'd5:
        begin
          state <= load;
        end

        //return
        16'd6:
        begin
          program_counter <= operand_a;
          state <= instruction_fetch;
        end

        //add
        16'd7:
        begin
          long_result = operand_a + operand_b;
          result <= long_result[31:0];
          carry[0] <= long_result[32];
          write_enable <= 1;
        end

        //jmp_if_false
        16'd8:
        begin
          if (operand_a == 0) begin
            program_counter <= literal_2;
            state <= instruction_fetch;
          end
        end

        //write
        16'd9:
        begin
          state <= write;
          write_output <= operand_a;
          write_value <= operand_b;
        end

        //goto
        16'd10:
        begin
          program_counter <= literal_2;
          state <= instruction_fetch;
        end

      endcase

    end

    write:
    begin
      case(write_output)
      0:
      begin
        s_output_rs232_tx_stb <= 1;
        s_output_rs232_tx <= write_value;
        if (output_rs232_tx_ack && s_output_rs232_tx_stb) begin
          s_output_rs232_tx_stb <= 0;
          state <= execute;
        end
      end
      endcase
    end

    load:
    begin
        result <= load_data;
        write_enable <= 1;
        state <= execute;
    end

    wait_state:
    begin
      if (timer) begin
        timer <= timer - 1;
      end else begin
        state <= execute;
      end
    end

    stop:
    begin
    end

    endcase

    if (rst == 1'b1) begin
      timer <= 0;
      timer_clock <= 0;
      program_counter <= 0;
      address_z_3 <= 0;
      result <= 0;
      a = 0;
      b = 0;
      z = 0;
      state <= instruction_fetch;
      s_output_rs232_tx_stb <= 0;
    end
  end
  assign output_rs232_tx_stb = s_output_rs232_tx_stb;
  assign output_rs232_tx = s_output_rs232_tx;

endmodule